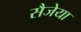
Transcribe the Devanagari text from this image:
सैजेया